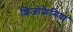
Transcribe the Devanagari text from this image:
शिजोफ्रेनिया